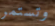
وتستمر